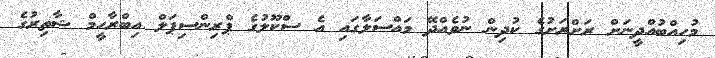
މުހިއްބުއްދީނަށް ރަށްރަށުގެ ކުދިން ނުވެއްދޭ މައްސަލާގައި އެ ސްކޫލުގެ ޕްރިންސިޕަލް އިބްރާހީމް ޝާތިރުގެ